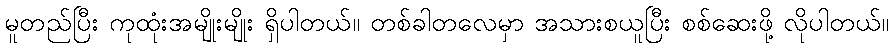
မူတည်ပြီး ကုထုံးအမျိုးမျိုး ရှိပါတယ်။ တစ်ခါတလေမှာ အသားစယူပြီး စစ်ဆေးဖို့ လိုပါတယ်။